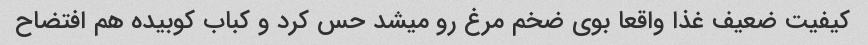
کیفیت ضعیف غذا واقعا بوی ضخم مرغ رو میشد حس کرد و کباب کوبیده هم افتضاح